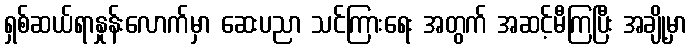
ရှစ်ဆယ်ရာနှုန်းလောက်မှာ ဆေးပညာ သင်ကြားရေး အတွက် အဆင့်မီကြပြီး အချို့မှာ